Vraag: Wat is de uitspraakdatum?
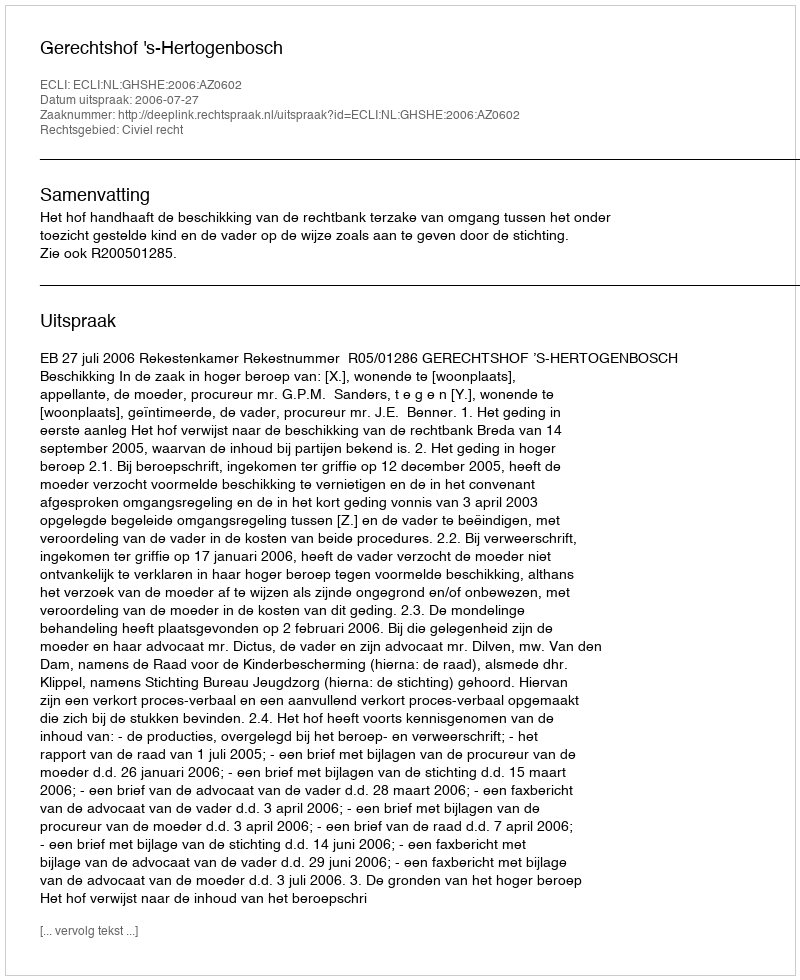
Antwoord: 2006-07-27